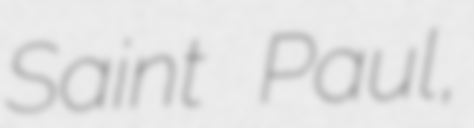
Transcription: Saint Paul,